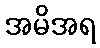
အမိအရ